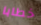
خطابا